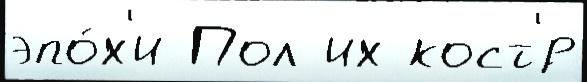
эпо́х'и Пол их кост'́р